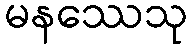
မနဿေသု